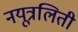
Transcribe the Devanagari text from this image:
नयूत्रलिती